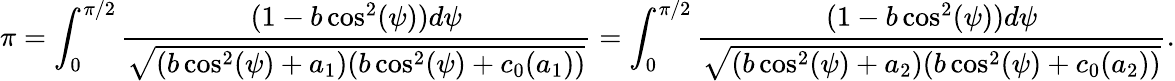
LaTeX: \pi=\int_{0}^{\pi/2}\frac{(1-b\cos^{2}(\psi))d\psi}{\sqrt{(b\cos^{2}(\psi)+a_{1})(b\cos^{2}(\psi)+c_{0}(a_{1}))}}=\int_{0}^{\pi/2}\frac{(1-b\cos^{2}(\psi))d\psi}{\sqrt{(b\cos^{2}(\psi)+a_{2})(b\cos^{2}(\psi)+c_{0}(a_{2}))}}.